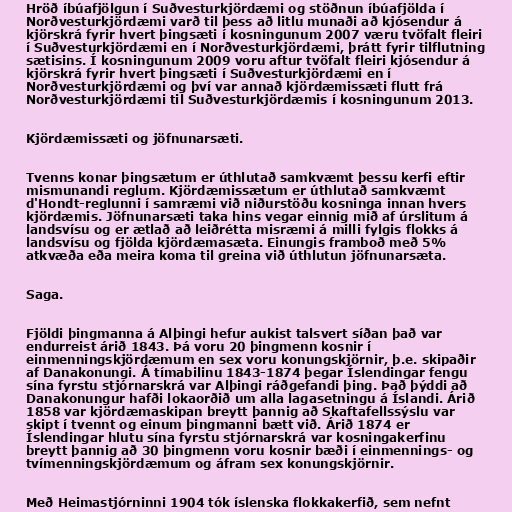
Hröð íbúafjölgun í Suðvesturkjördæmi og stöðnun íbúafjölda í
Norðvesturkjördæmi varð til þess að litlu munaði að kjósendur á
kjörskrá fyrir hvert þingsæti í kosningunum 2007 væru tvöfalt fleiri
í Suðvesturkjördæmi en í Norðvesturkjördæmi, þrátt fyrir tilflutning
sætisins. Í kosningunum 2009 voru aftur tvöfalt fleiri kjósendur á
kjörskrá fyrir hvert þingsæti í Suðvesturkjördæmi en í
Norðvesturkjördæmi og því var annað kjördæmissæti flutt frá
Norðvesturkjördæmi til Suðvesturkjördæmis í kosningunum 2013.

Kjördæmissæti og jöfnunarsæti.

Tvenns konar þingsætum er úthlutað samkvæmt þessu kerfi eftir
mismunandi reglum. Kjördæmissætum er úthlutað samkvæmt
d'Hondt-reglunni í samræmi við niðurstöðu kosninga innan hvers
kjördæmis. Jöfnunarsæti taka hins vegar einnig mið af úrslitum á
landsvísu og er ætlað að leiðrétta misræmi á milli fylgis flokks á
landsvísu og fjölda kjördæmasæta. Einungis framboð með 5%
atkvæða eða meira koma til greina við úthlutun jöfnunarsæta.

Saga.

Fjöldi þingmanna á Alþingi hefur aukist talsvert síðan það var
endurreist árið 1843. Þá voru 20 þingmenn kosnir í
einmenningskjördæmum en sex voru konungskjörnir, þ.e. skipaðir
af Danakonungi. Á tímabilinu 1843-1874 þegar Íslendingar fengu
sína fyrstu stjórnarskrá var Alþingi ráðgefandi þing. Það þýddi að
Danakonungur hafði lokaorðið um alla lagasetningu á Íslandi. Árið
1858 var kjördæmaskipan breytt þannig að Skaftafellssýslu var
skipt í tvennt og einum þingmanni bætt við. Árið 1874 er
Íslendingar hlutu sína fyrstu stjórnarskrá var kosningakerfinu
breytt þannig að 30 þingmenn voru kosnir bæði í einmennings- og
tvímenningskjördæmum og áfram sex konungskjörnir.

Með Heimastjórninni 1904 tók íslenska flokkakerfið, sem nefnt